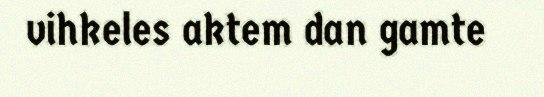
vihkeles aktem dan gamte